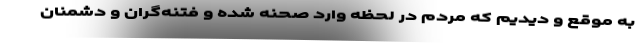
به موقع و دیدیم که مردم در لحظه وارد صحنه شده و فتنه‌گران و دشمنان